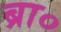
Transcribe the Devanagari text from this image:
ब्रा०